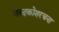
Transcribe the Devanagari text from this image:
शब्दकोशरचना